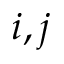
i , j